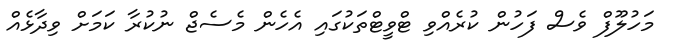
މަހުލޫފް ވެސް ފަހުން ކުރެއްވި ޓްވީޓްތަކުގައި އެހެން މެސެޖް ނުކުރާ ކަމަށް ވިދާޅެއް